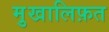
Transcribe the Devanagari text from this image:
मु़खालिफ़त